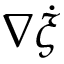
\nabla \dot { \xi }